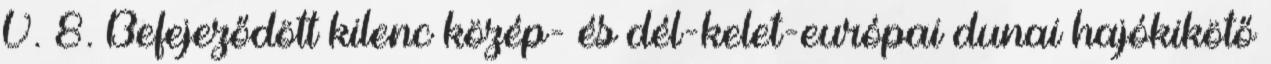
V. 8. Befejeződött kilenc közép- és dél-kelet-európai dunai hajókikötő